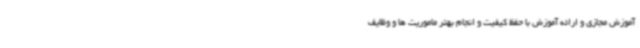
آموزش مجازی و ارائه آموزش با حفظ کیفیت و انجام بهتر ماموریت ها و وظایف